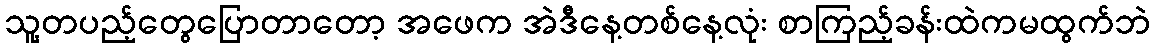
သူ့တပည့်တွေပြောတာတော့ အဖေက အဲဒီနေ့တစ်နေ့လုံး စာကြည့်ခန်းထဲကမထွက်ဘဲ